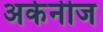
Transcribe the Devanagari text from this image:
अर्कनीज